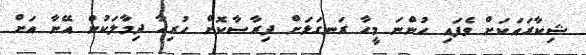
ޝިކާރައަކަށް ވެފައި ހުންނަ މީހާ ރަނގަޅަށް ދިރާސާކޮށް ހުރިހާ ދިމާލަކުން އޭނާ އަށް